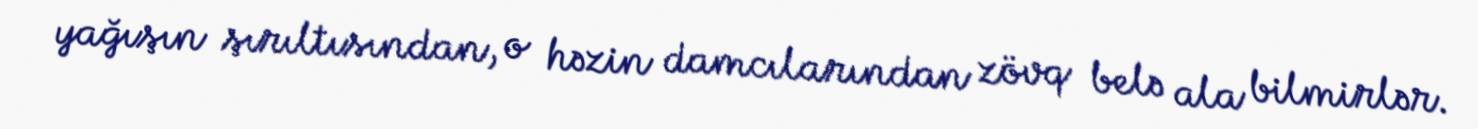
yağışın şırıltısından, o həzin damcılarından zövq belə ala bilmirlər.